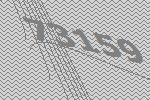
73159